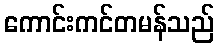
ကောင်းကင်တမန်သည်